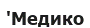
'Медико